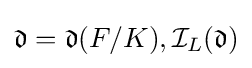
{\mathfrak {d}}={\mathfrak {d}}(F/K),{\mathcal {I}}_{L}({\mathfrak {d}})